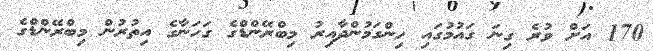
170 އަށް ވުރެ ގިނަ ގައުމުގައި ހިންގަމުންދާއިރު މިބްރޭންޑްގެ ގަހަނާގެ އިތުރުން މިބްރޭންޑްގެ